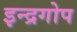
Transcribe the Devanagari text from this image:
इन्द्रगोप